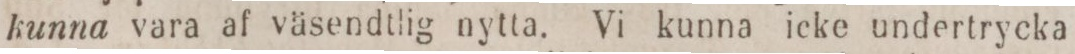
kunna vara af väsendtlig nytta. Vi kunna icke undertrycka